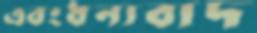
এবংধন্যবাদ